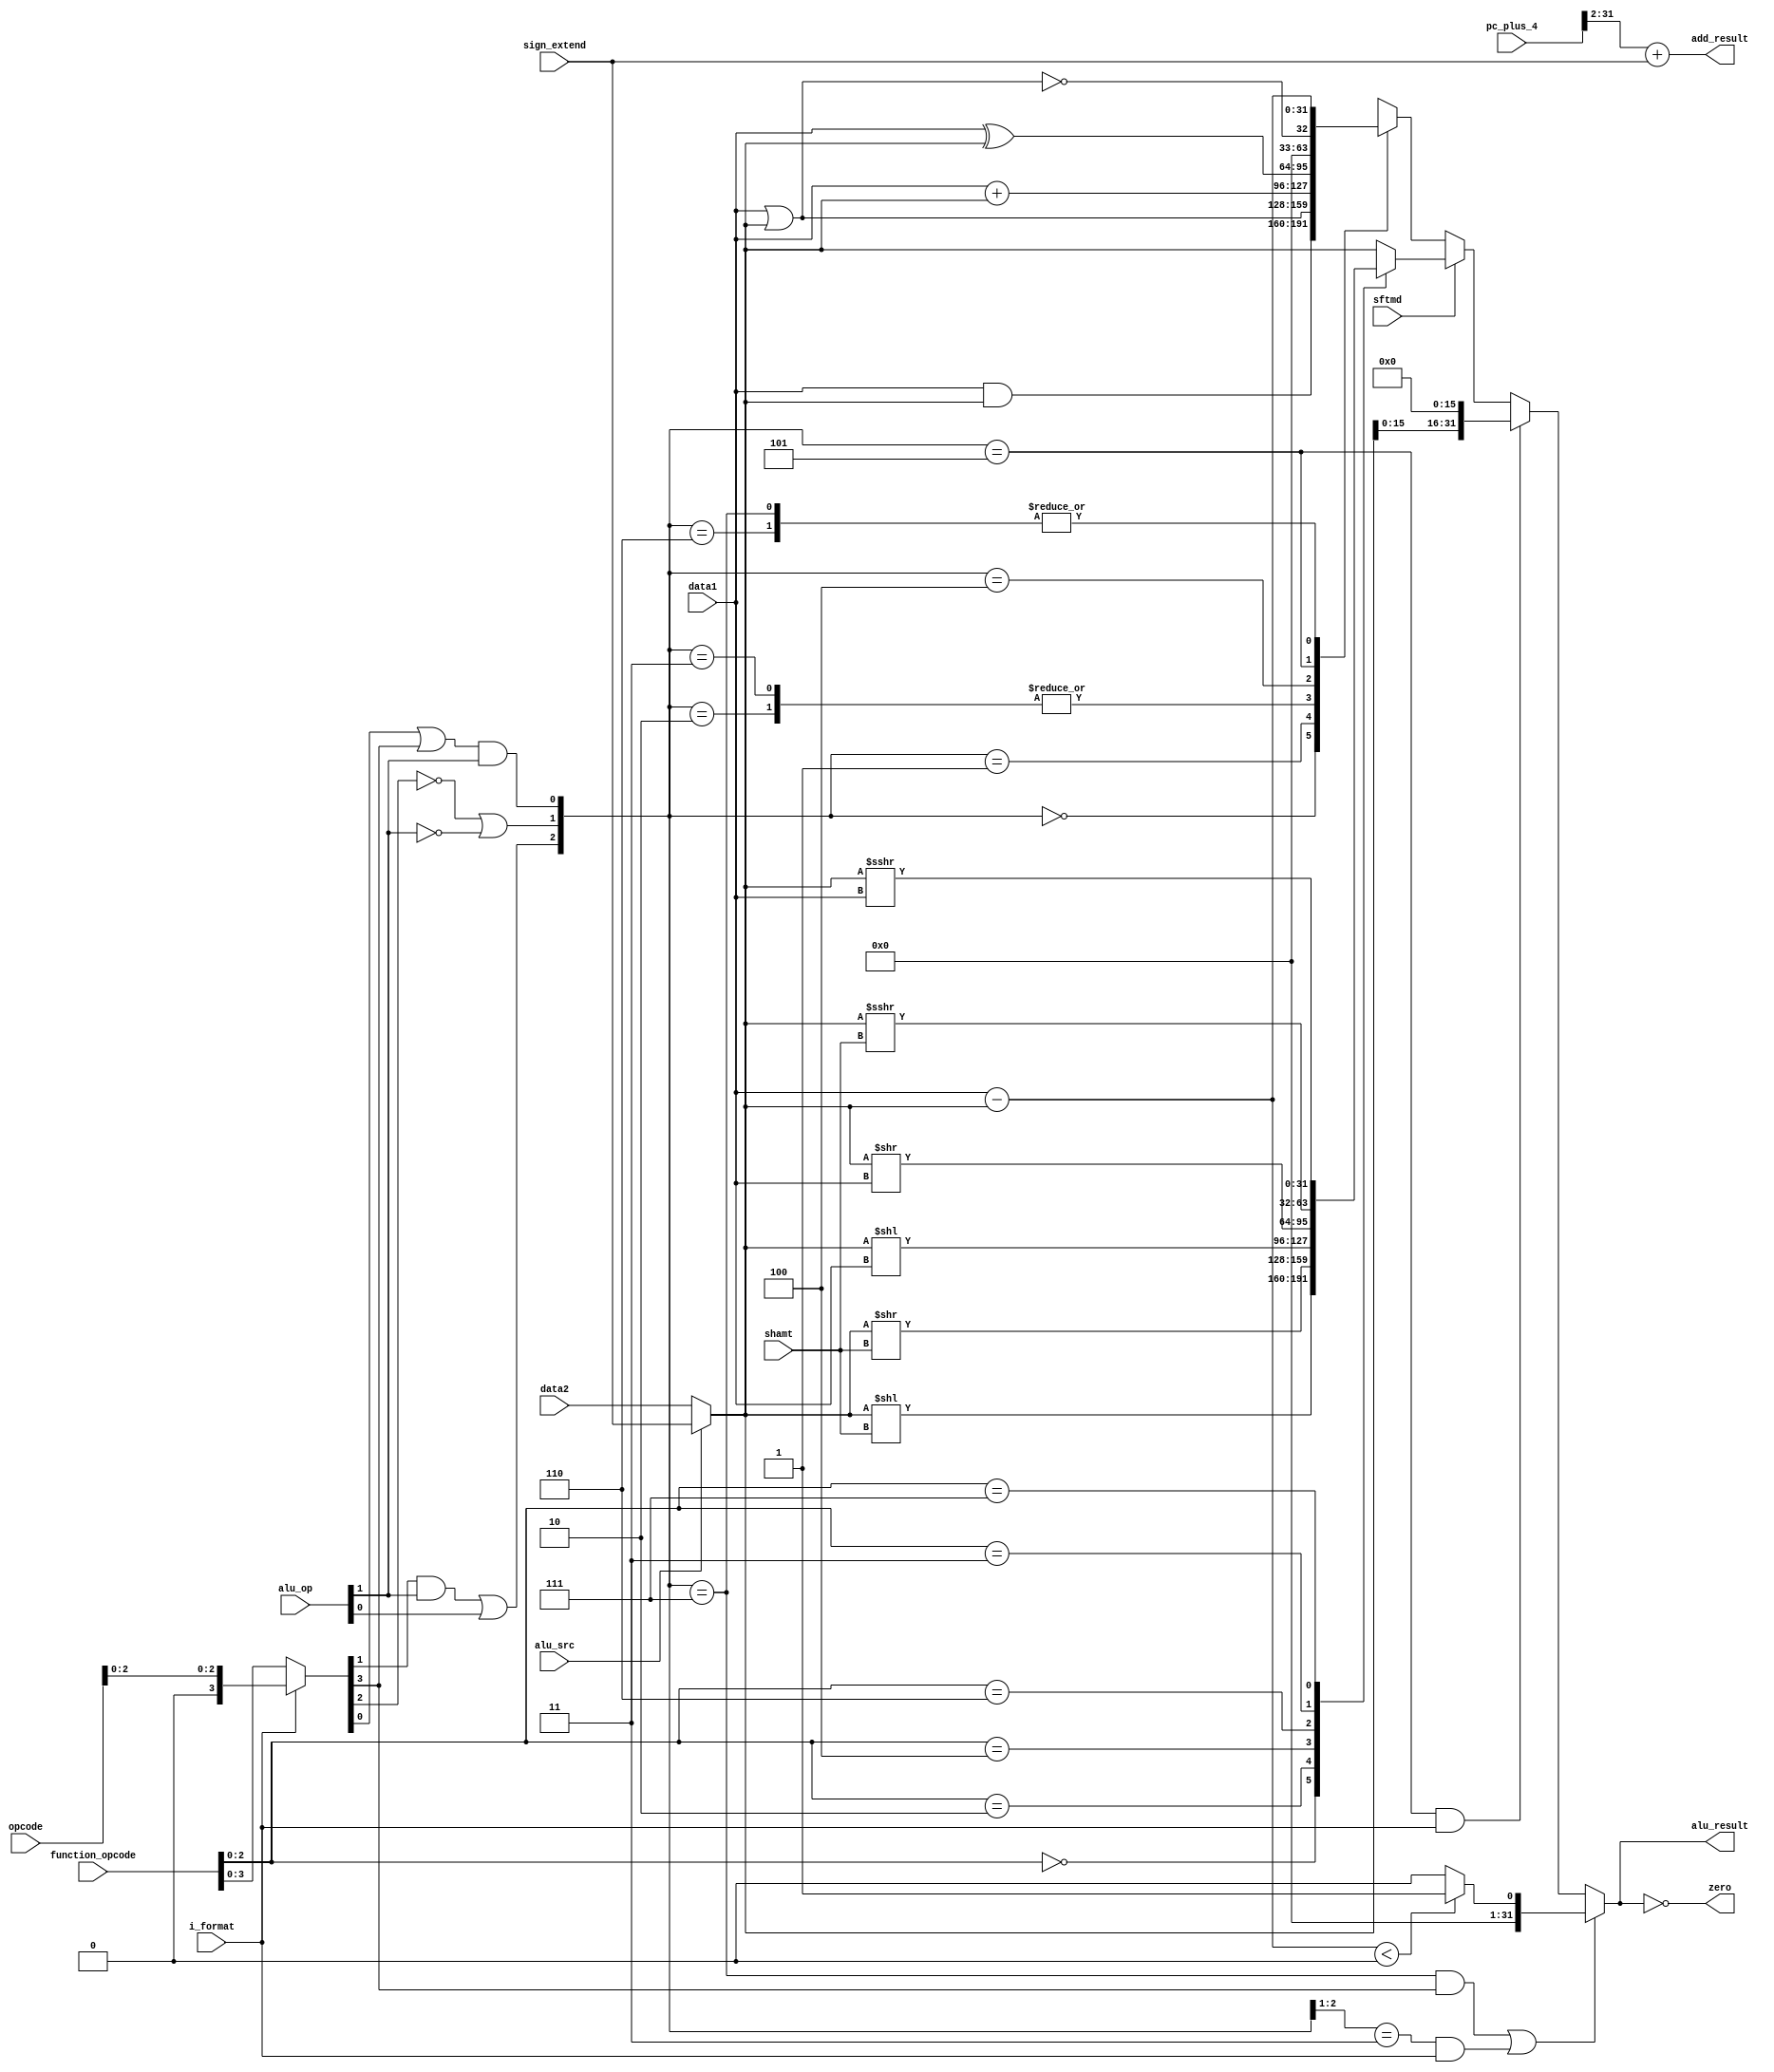
module execute(
    input[31:0]      data1,
    input[31:0]      data2,
    input[31:0]      sign_extend,
    input[5:0]       function_opcode,
    input[5:0]       opcode,
    input[1:0]       alu_op,
    input            alu_src,
    input[4:0]       shamt,
    input            sftmd,
    input            i_format,
    output reg       zero,
    output reg[31:0] alu_result,
    output reg[31:0] add_result,
    input[31:0]      pc_plus_4
);

wire[31:0] Ainput = data1;
wire[31:0] Binput;
assign Binput = alu_src ? sign_extend : data2;

wire[5:0] exe_code;
assign exe_code = (i_format == 0) ? function_opcode : {3'b000, opcode[2:0]};

wire[2:0] alu_ctl;
assign alu_ctl[0] = (exe_code[0] | exe_code[3]) & alu_op[1];
assign alu_ctl[1] = ((!exe_code[2]) | (!alu_op[1]));
assign alu_ctl[2] = (exe_code[1] & alu_op[1]) | alu_op[0];

reg[31:0] alu_output_mux;
always @(*) begin
    case(alu_ctl)
        3'b000: alu_output_mux = Ainput & Binput;
        3'b001: alu_output_mux = Ainput | Binput;
        3'b010: alu_output_mux = Ainput + Binput; // sign
        3'b011: alu_output_mux = Ainput + Binput; // unsign
        3'b100: alu_output_mux = Ainput ^ Binput;
        3'b101: alu_output_mux = !(Ainput | Binput);
        3'b110: alu_output_mux = Ainput - Binput; // sign
        3'b111: alu_output_mux = Ainput - Binput; // unsign
        default: alu_output_mux = 32'd0;
    endcase
end

wire[2:0] sftm;
assign sftm = function_opcode[2:0];

reg[31:0] Sinput;
always @(*) begin
    if(sftmd) begin
        case(sftm)
            3'b000: Sinput = Binput << shamt;
            3'b010: Sinput = Binput >> shamt;
            3'b100: Sinput = Binput << Ainput;
            3'b110: Sinput = Binput >> Ainput;
            3'b011: Sinput = Binput >>> shamt;
            3'b111: Sinput = Binput >>> Ainput;
            default: Sinput = Binput;
        endcase
    end
    else begin
        Sinput = Binput;
    end
end

always @(*) begin
    //set type operation
    if(((alu_ctl==3'b111) && (exe_code[3]==1))||((alu_ctl[2:1]==2'b11) && (i_format==1))) begin
         alu_result = (Ainput - Binput < 0) ? 1 : 0;
    end
    //lui operation
    else if((alu_ctl==3'b101) && (i_format==1))begin
        alu_result[31:0]={Binput[15:0],{16{1'b0}}};
    end
    //shift operation
    else if(sftmd==1)begin
        alu_result = Sinput;
    end
    //other types of operation in ALU
    else begin
        alu_result = alu_output_mux;
    end
end

always @(*) begin
    zero = alu_result == 0;
end

always @(*) begin
    add_result = (pc_plus_4 >> 2) + sign_extend;
end

endmodule